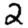
Digit: 2